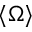
\langle { \Omega } \rangle